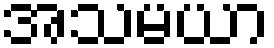
အသမယာ